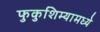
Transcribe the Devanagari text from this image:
फुकुशिम्यामध्ये